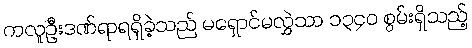
ကလူဦးဒဏ်ရာရရှိခဲ့သည် မရှောင်မလွှဲသာ ၁၃၄၀ စွမ်းရှိသည့်